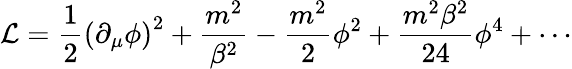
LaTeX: {\cal L}={\frac{1}{2}}\left(\partial_{\mu}\phi\right)^{2}+{\frac{m^{2}}{\beta^{2}}}-{\frac{m^{2}}{2}}\phi^{2}+{\frac{m^{2}\beta^{2}}{24}}\phi^{4}+\cdots